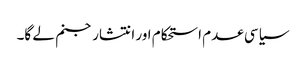
سیاسی عدم استحکام اور انتشار جنم لے گا۔